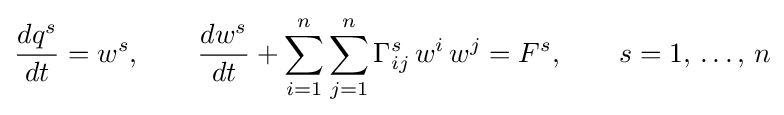
{\frac {dq^{s}}{dt}}=w^{s},\qquad {\frac {dw^{s}}{dt}}+\sum _{i=1}^{n}\sum _{j=1}^{n}\Gamma _{ij}^{s}\,w^{i}\,w^{j}=F^{s},\qquad s=1,\,\ldots ,\,n